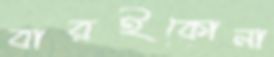
বারইকোনা